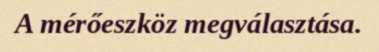
A mérőeszköz megválasztása.